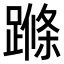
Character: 𨃜